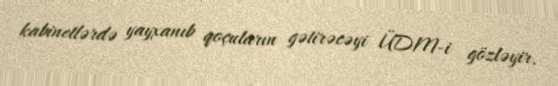
kabinetlərdə yayxanıb qoçuların gətirəcəyi ÜDM-i gözləyir.